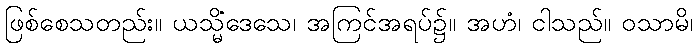
ဖြစ်စေသတည်း။ ယသ္မိံဒေသေ၊ အကြင်အရပ်၌။ အဟံ၊ ငါသည်။ ဝသာမိ၊